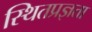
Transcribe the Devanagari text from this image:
स्थितप्रज्ञता